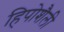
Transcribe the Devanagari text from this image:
हिपोशैली